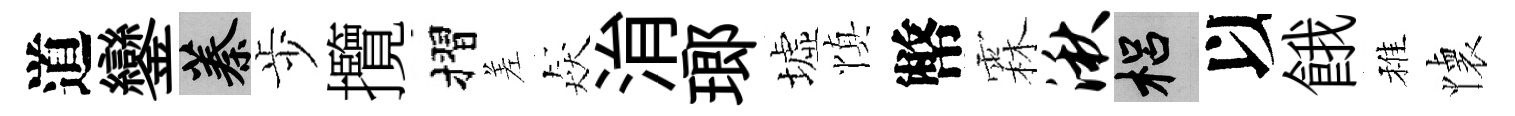
道鑾蓁歩攬摺差猋㳙瑯墟慎幣霖湫梠以餓稚懐